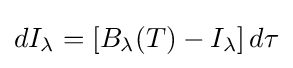
dI_{\lambda }=[B_{\lambda }(T)-I_{\lambda }]\,d\tau